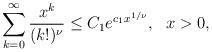
LaTeX: \begin{align*}\sum_{k=0}^\infty \frac{x^k}{(k!)^\nu}\leq C_1 e^{c_1 x^{1/\nu}}, \ \ x>0,\end{align*}